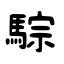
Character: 騌